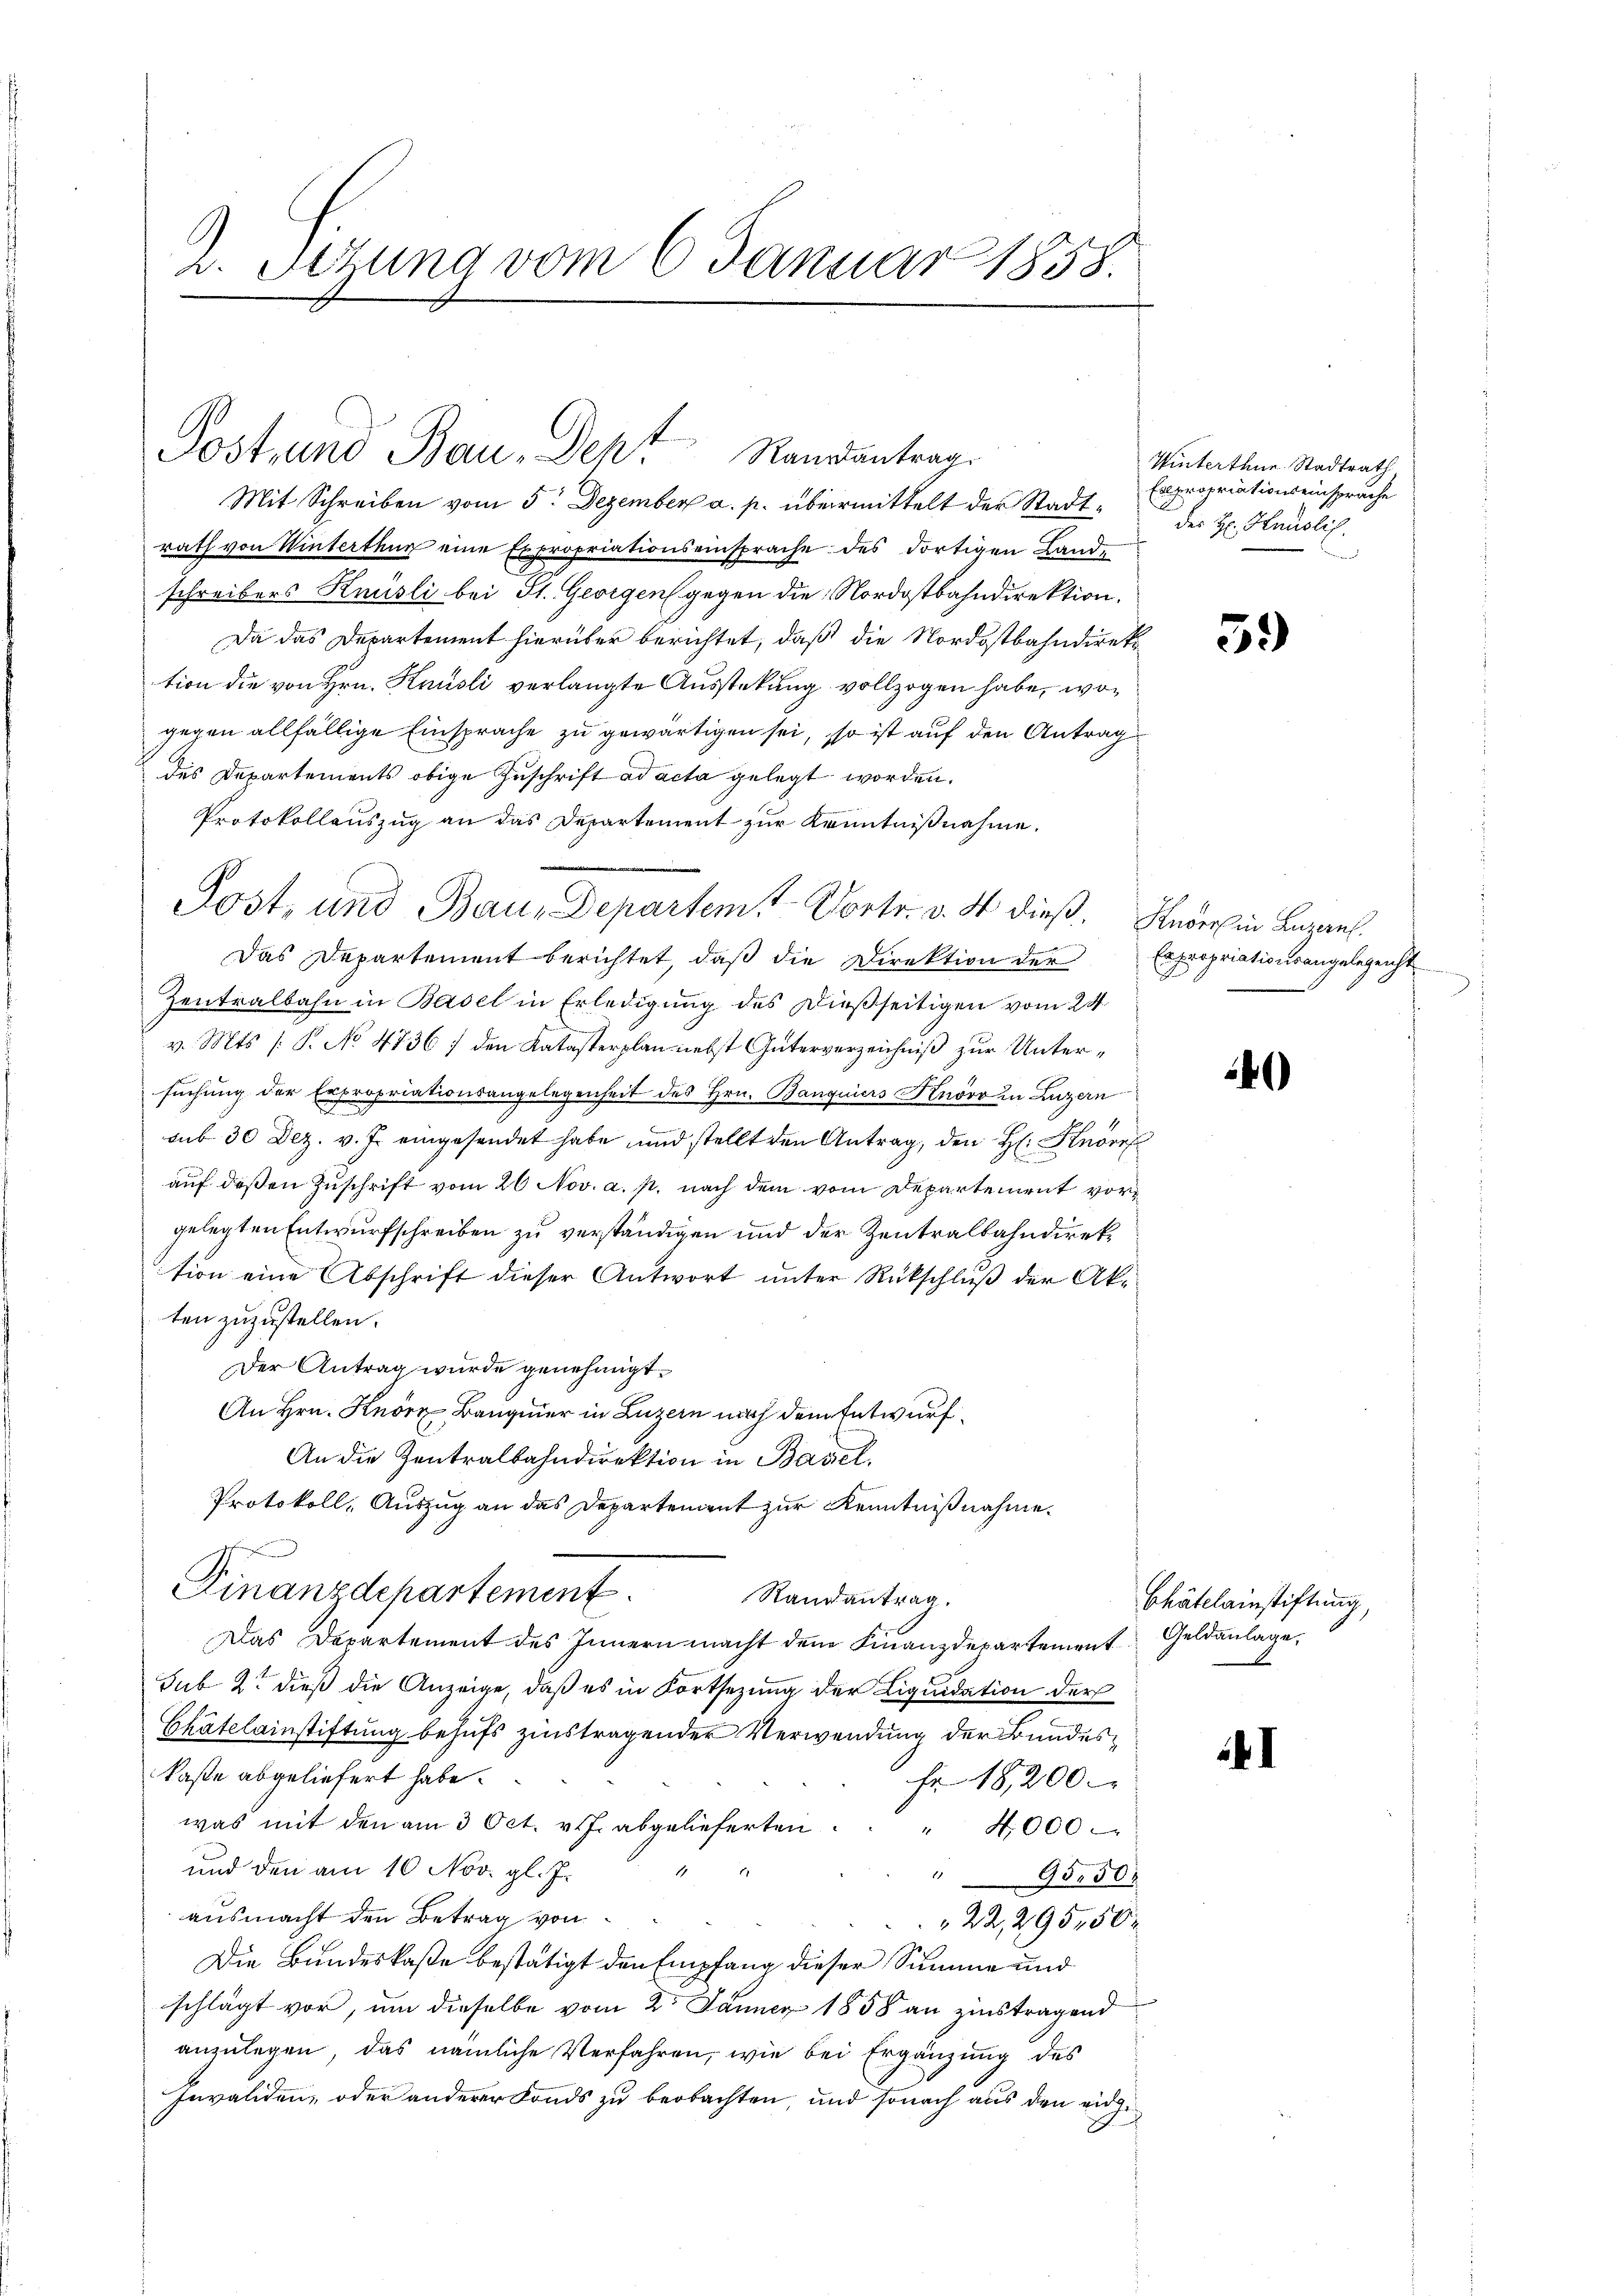
v. Sitzung vom 6. Januar 1858.

Mit Schreiben vom 5. Dezember a. p. übermittelt der Stadtrath von Winterthur eine Expropriationseinsprache des dortigen Lande
schreibers Knüsli bei St. Georgen gegen die Nordostbahndirektion.
Da das Departement hierüber berichtet, daß die Nordostbahndirektion die von Hrn. Knüsli verlangte Ausstekung vollzogen habe, wogegen allfällige Einsprache zu gewärtigen sei, so ist auf den Antrag
des Departements obige Zuschrift ad acta gelegt worden.
Protokollauszug an das Departement zur Kenntnißnahme.
Post, und Bau, Departemt Vortr. v. 4. dieß. Leder in Bezaus
Das Departement berichtet, daβ die Direktion der Expropriationsangelegenst
Zentralbahn in Basel in Erledigung des Dießseitigen vom 24.
v. Mts /: P. No 4736) den Katasterplan nebst Güterverzeichniß zur Untersuchung der Erpropriationsangelegenheit des Hrn. Banquiers Knoov in Luzern
sub 30 Dez. v. J. eingesendet habe, und stellt den Antrag, den H: Knorr
auf deßen Zuschrift vom 26 Nov. a. p. nach dem vom Departement vorgelegten Entwurfschreiben zu verständigen und der Zentralbahndirektion eine Abschrift dieser Antwort unter Rückschluß der Akten zuzustellen.
Der Antrag wurde genehmigt.
An Hrn. Knörz, Bangier in Luzern nach dem Entwurf
An die Zentralbahndirektion in Basel.
Protokoll, Auszug an das Departement zur Kenntnißnahme.
Finanzdepartement
Randantrag.
Das Departement des Innern macht dem Finanzdepartement Geldanlage,
sub 2t dieß die Anzeige, daß es in Fortsezung der Liquidation der
Blättleinstiftung behufs zinstragender Verwendung der Bundeskaste abgeliefert habe.
fr. 18,200.
was mit den am 3 Oct. v. J. abgelieferten
" 4000
und den am 10. Nov. gl. J.
9550.
ausmacht den Betrag von
22,29550
Die Bundeskaße bestätigt den Empfang dieser Summe und
schlägt vor, um dieselbe vom 2. Jänner 1858 an zinstragend
anzulegen, das nämliche Verfahren, wie bei Ergänzung des
Invaliden, oder anderer Fonds zu beobachten, und sonach aus den eidge¬

Post und Bau, Dent Randantrag.

Winterten Stadtrath
Expropriationseinsprache
des H: Hauslich.
n

5.)

4

Chätelainstiftung,
b

1